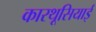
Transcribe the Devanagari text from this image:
कारथूसियाई